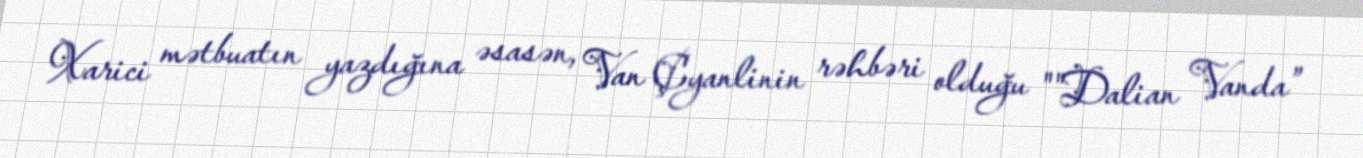
Xarici mətbuatın yazdığına əsasən, Van Çyanlinin rəhbəri olduğu ""Dalian Vanda”